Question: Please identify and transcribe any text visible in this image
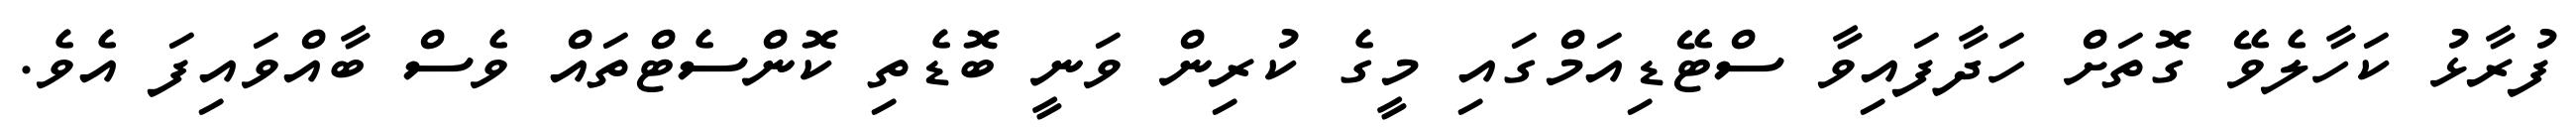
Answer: ފުރާޅު ކަހާލެވޭ ގޮތަށް ހަދާފައިވާ ސްޓޭޑިއަމްގައި މީގެ ކުރިން ވަނީ ބޮޑެތި ކޮންސެޓްތައް ވެސް ބާއްވައިފަ އެވެ.